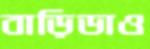
বাড়িডাও